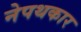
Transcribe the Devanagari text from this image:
नेपथकार